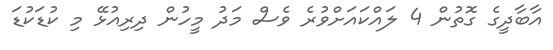
އާބާދީގެ ގޮތުން 4 ލައްކައަށްވުރެ ވެސް މަދު މީހުން ދިރިއުޅޭ މި ކުޑަކުޑަ